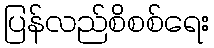
ပြန်လည်စိစစ်ရေး